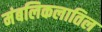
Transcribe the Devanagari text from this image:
मंबलिकलातिल